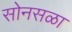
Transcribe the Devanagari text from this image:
सोनसळा